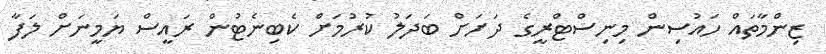
ޒިންމާތައް ހައުސިން މިނިސްްޓްރީގެ ދަށަށް ބަދަލު ކުރުމަށް ކެބިނެޓުން ރައީސް ޔަމީނަށް ލަފާ